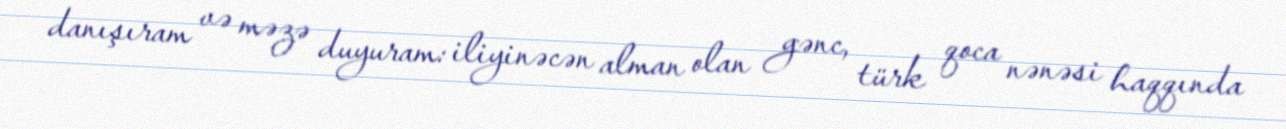
danışıram və məzə duyuram: iliyinəcən alman olan gənc, türk qoca nənəsi haqqında